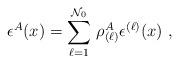
LaTeX: \begin{align*}\epsilon ^A(x) = \sum_{\ell =1}^{\mathcal{N}_0} \, \rho^A_{(\ell)} \epsilon^{(\ell)}(x)~,\end{align*}